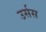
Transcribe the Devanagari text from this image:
उर्सस